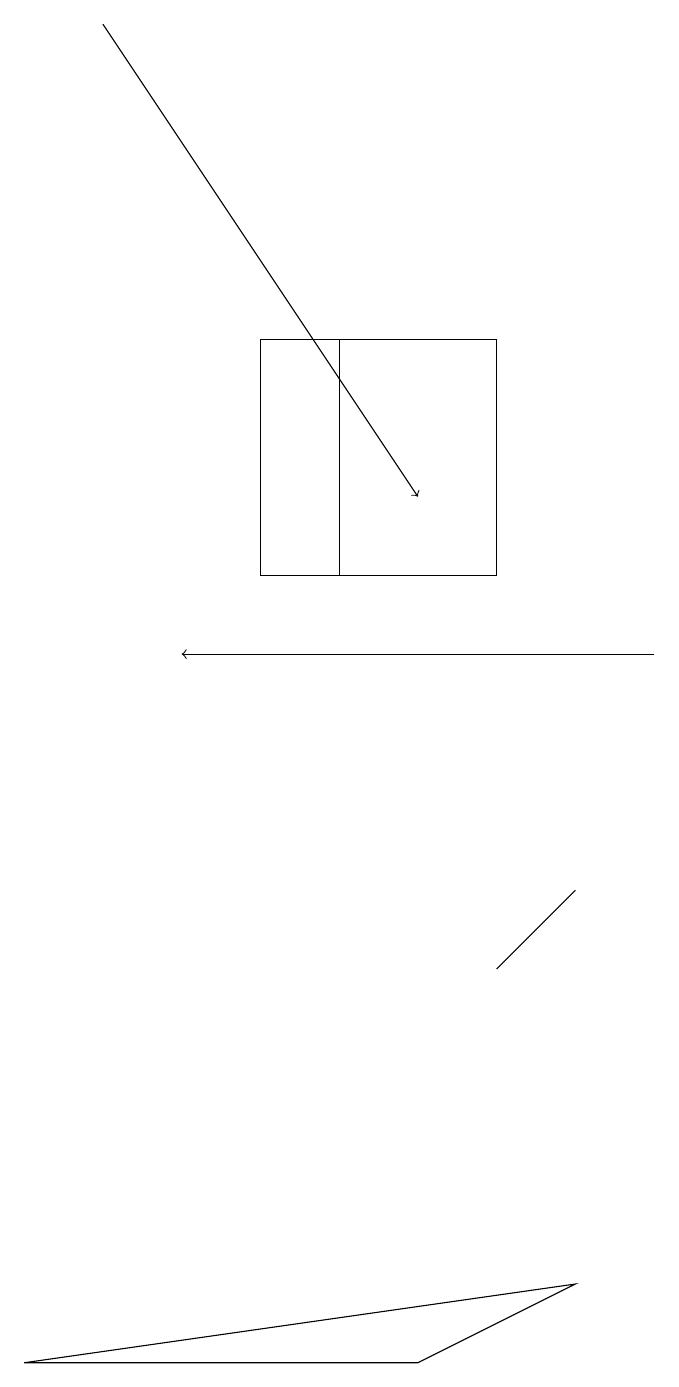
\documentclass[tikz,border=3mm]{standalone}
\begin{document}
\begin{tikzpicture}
\draw (7,8) -- (7,8) -- (6,7) -- cycle;
\draw (6,12) rectangle (4,15);
\draw (7,3) -- (5,2) -- (0,2) -- cycle;
\draw[->] (8,11) -- (2,11);
\draw[->] (1,19) -- (5,13);
\draw (3,12) rectangle (6,15);
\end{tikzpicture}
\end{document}